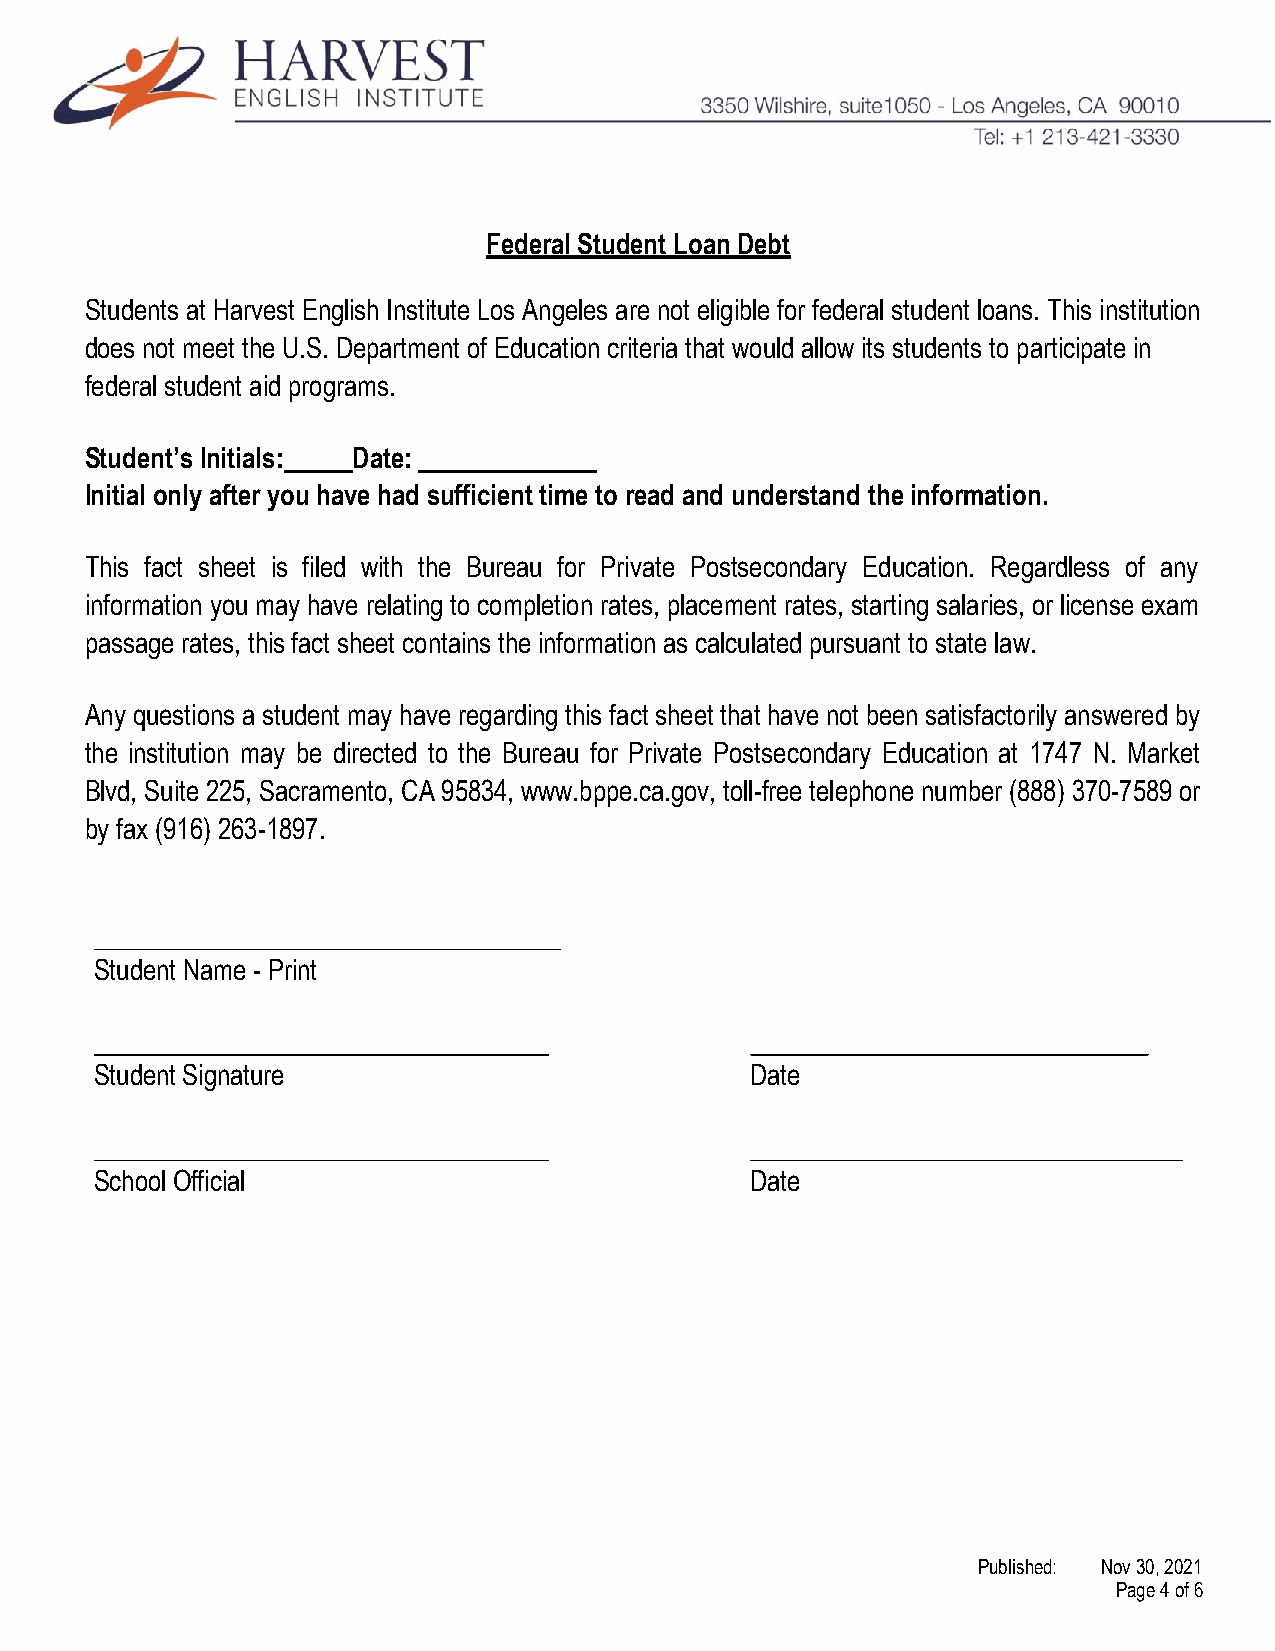
Federal Student Loan Debt
 Students at Harvest English Institute Los Angeles are not eligible for federal student loans. This institution
 does not meet the U.S. Department of Education criteria that would allow its students to participate in
 federal student aid programs.
 Student’s Initials: Date:
 Initial only after you have had sufficient time to read and understand the information.
 This fact sheet is filed with the Bureau for Private Postsecondary Education. Regardless of any
 information you may have relating to completion rates, placement rates, starting salaries, or license exam
 passage rates, this fact sheet contains the information as calculated pursuant to state law.
 Any questions a student may have regarding this fact sheet that have not been satisfactorily answered by
 the institution may be directed to the Bureau for Private Postsecondary Education at 1747 N. Market
 Blvd, Suite 225, Sacramento, CA 95834, www.bppe.ca.gov, toll-free telephone number (888) 370-7589 or
 by fax (916) 263-1897.
 Student Name - Print
 Student Signature                           Date
 School Official                             Date
 Published: Nov 30, 2021
 Page 4 of 6